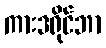
ကားဒရိုင်ဘာ